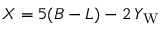
X = 5 ( B - L ) - 2 \, Y _ { \mathrm { W } }